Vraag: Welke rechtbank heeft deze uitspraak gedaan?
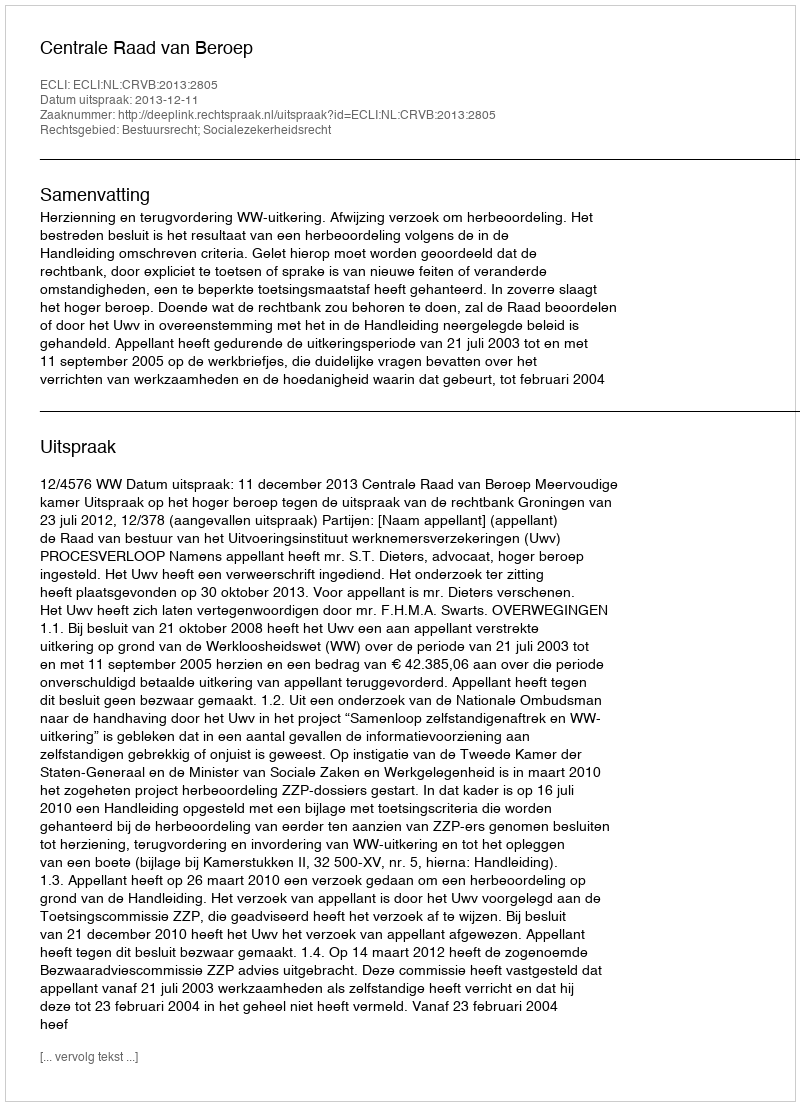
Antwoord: Centrale Raad van Beroep